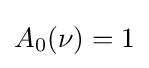
A_{0}(\nu )=1